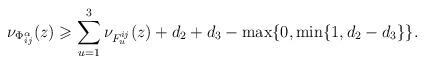
LaTeX: \begin{align*}\nu_{\Phi^\alpha_{ij}}(z)&\geqslant\sum_{u=1}^3 \nu_{F_u^{ij}}(z)+d_2+d_3-\max\{0,\min\{1,d_2-d_3\}\}.\end{align*}